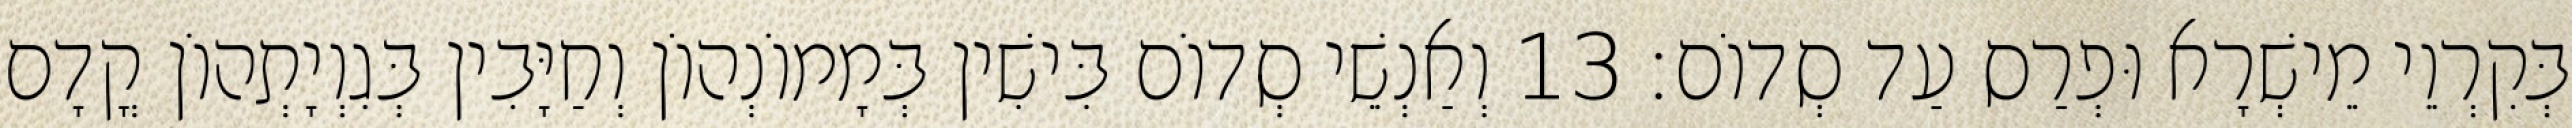
בְּקִרְוֵי מֵישְׁרָא וּפְרַס עַד סְדוֹם׃ 13 וְאַנְשֵׁי סְדוֹם בִּישִׁין בְּמָמוֹנְהוֹן וְחַיָּבִין בְּגִוְיָתְהוֹן קֳדָם